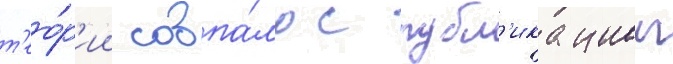
т'ео́р'ии совпа́ло с публ'икациеи